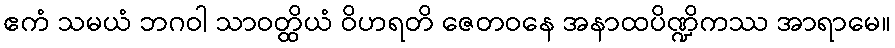
ဧကံ သမယံ ဘဂဝါ သာဝတ္ထိယံ ဝိဟရတိ ဇေတဝနေ အနာထပိဏ္ဍိကဿ အာရာမေ။